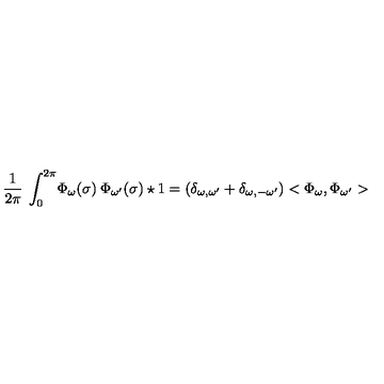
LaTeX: \frac { 1 } { 2 \pi } \: \int _ { 0 } ^ { 2 \pi } \! \Phi _ { \omega } ( \sigma ) \: \Phi _ { \omega ^ { \prime } } ( \sigma ) \star 1 = ( \delta _ { \omega , \omega ^ { \prime } } + \delta _ { \omega , - \omega ^ { \prime } } ) < \Phi _ { \omega } , \Phi _ { \omega ^ { \prime } } >